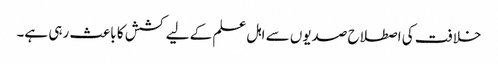
خلافت کی اصطلاح صدیوں سے اہل علم کے لیے کشش کا باعث رہی ہے۔